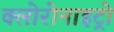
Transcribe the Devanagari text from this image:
क्लोरोनाइट्रो